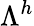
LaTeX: \Lambda^{h}